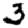
Digit: 3